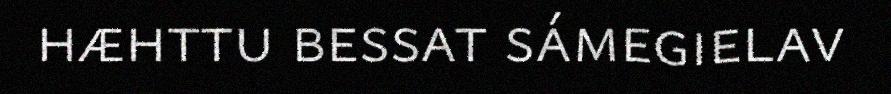
hæhttu bessat sámegielav